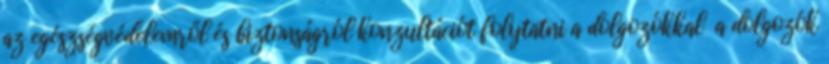
az egészségvédelemről és biztonságról konzultációt folytatni a dolgozókkal a dolgozók